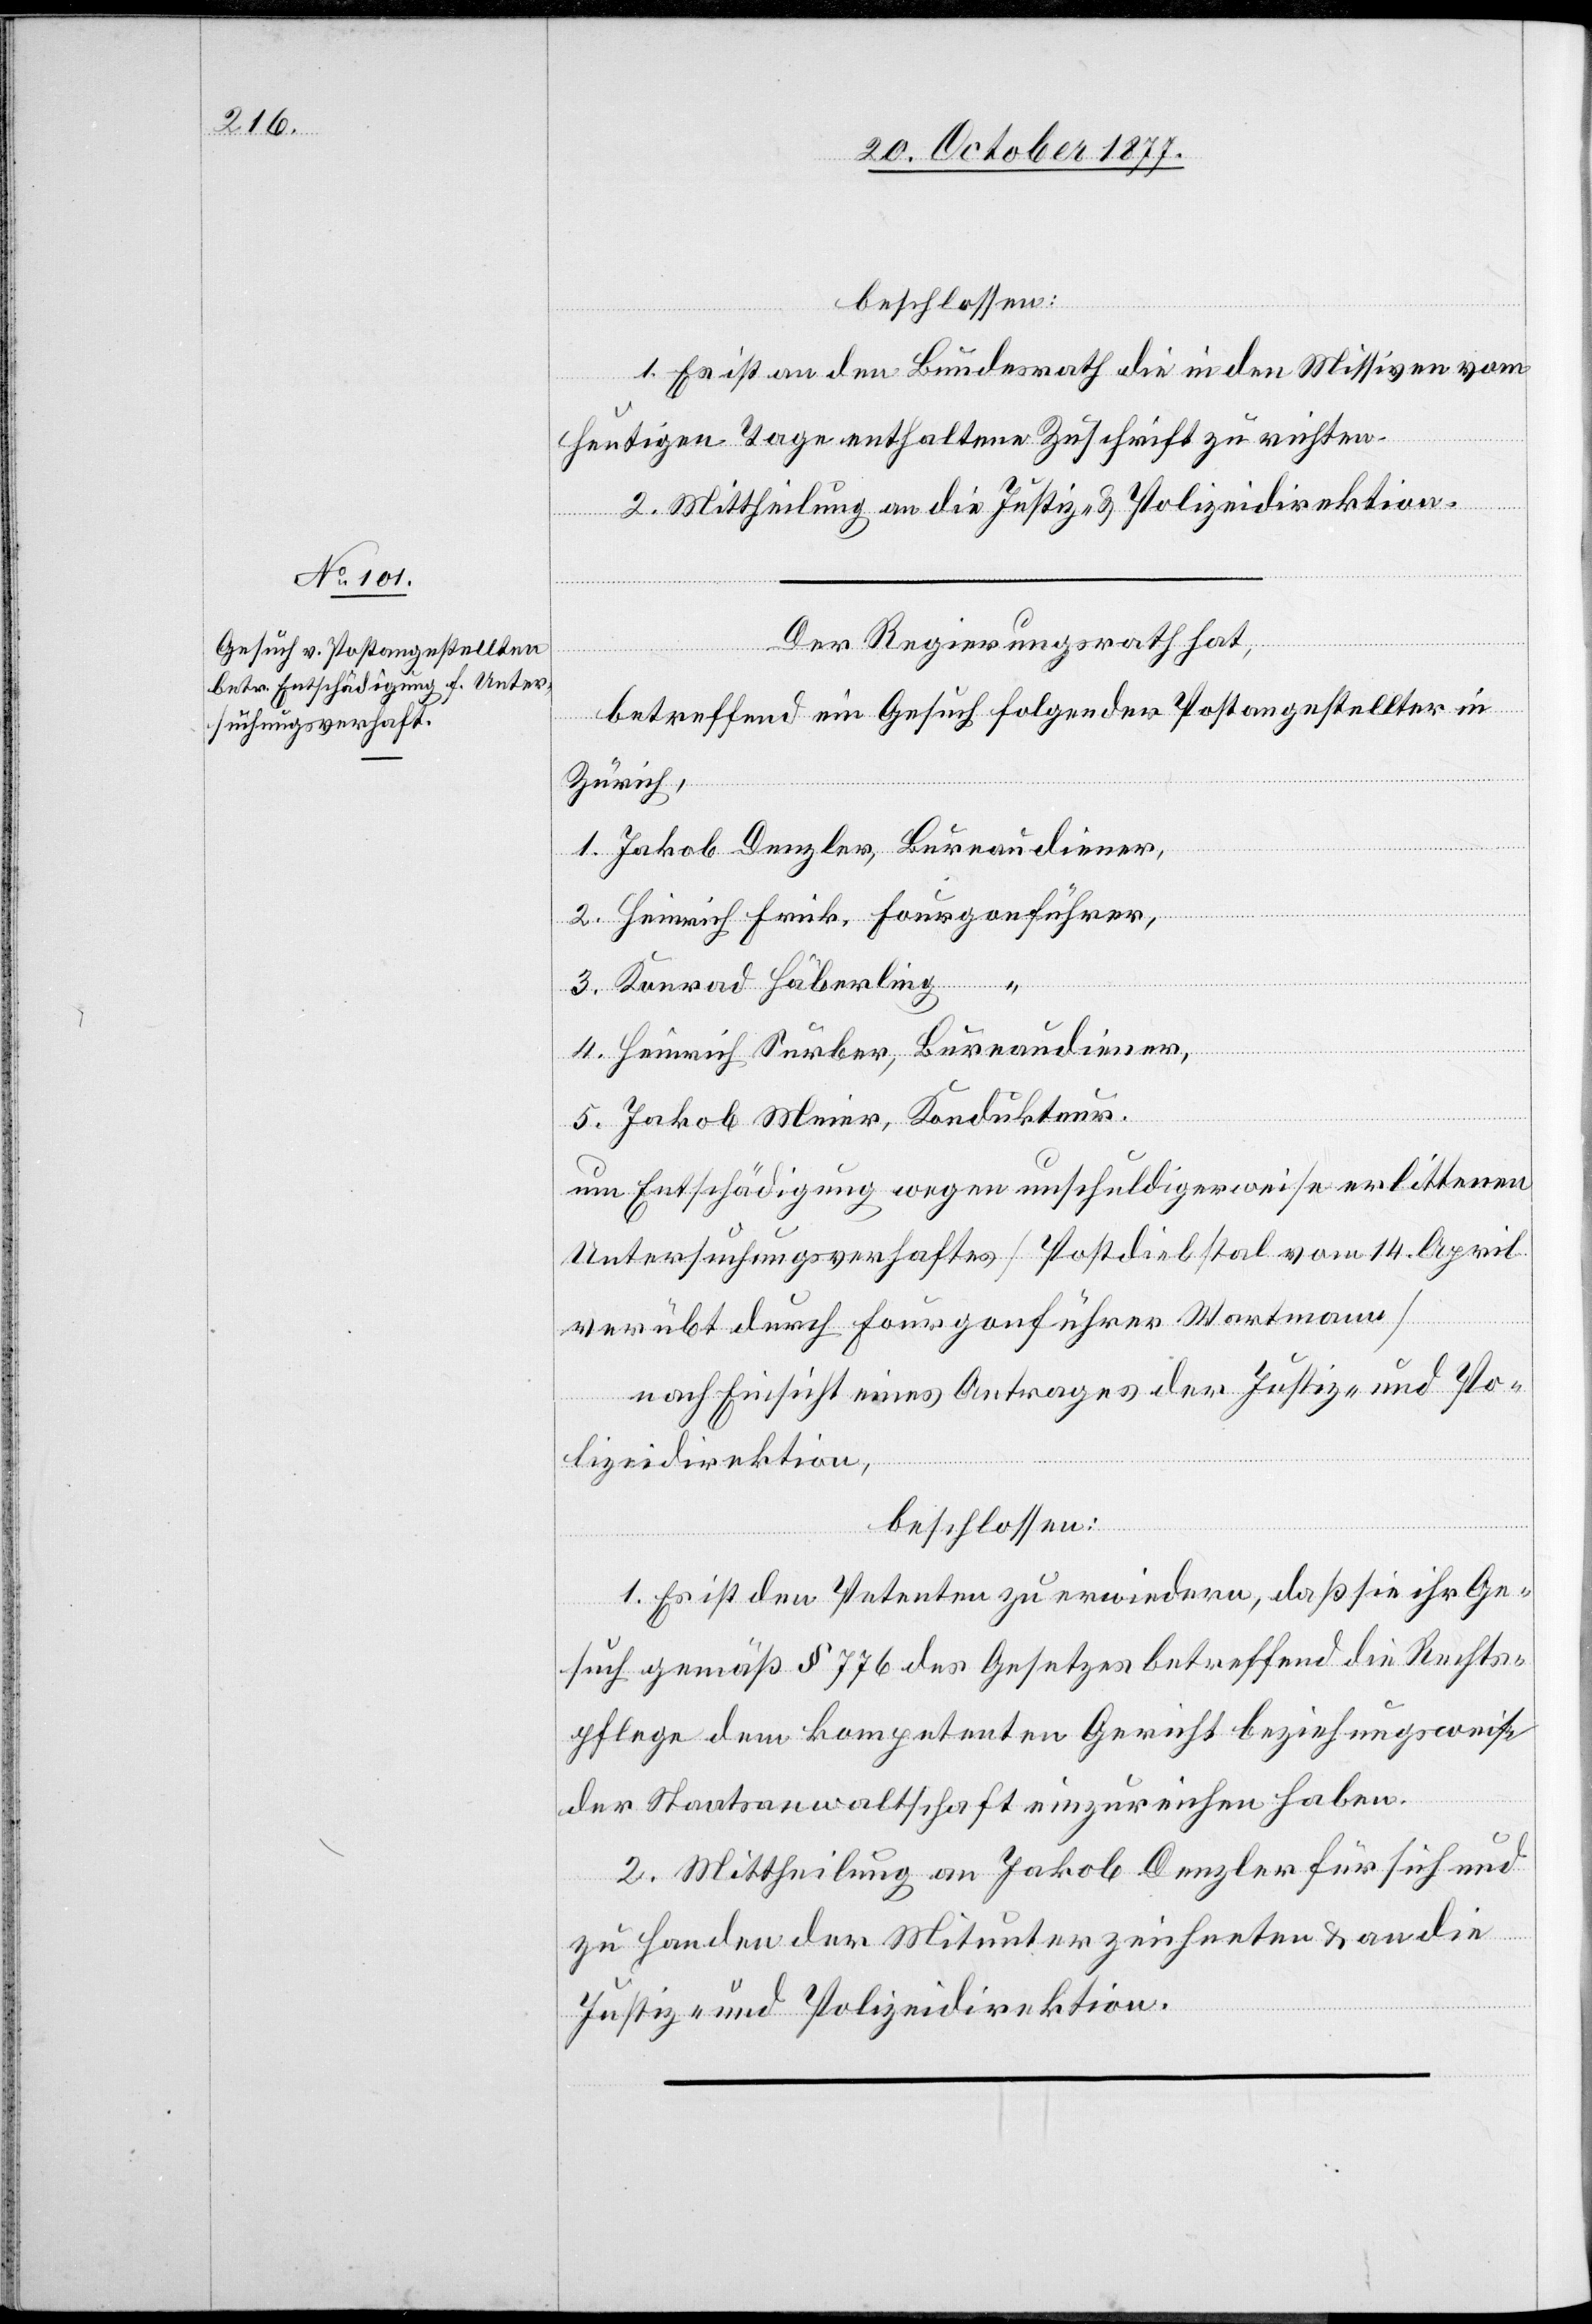
22. October 1877.]
beschlossen:
1. Es ist an den Bundesrath die in den Missiven vom
heutigen Tage enthaltene Zuschrift zu richten.
2. Mittheilung an die Justiz- & Polizeidirektion.
Der Regierungsrath hat,
betreffend ein Gesuch folgender Postangestellter in
Zürich,
1. Jakob Denzler, Bureaudiener,
2. Heinrich Frick, Fourgonführer,
3. Konrad Häberling “
4. Heinrich Surber, Bureaudiener,
5. Jakob Meier, Kondukteur.
um Entschädigung wegen unschuldigerweise erlittenen
Untersuchungsverhaftes [Postdiebstal vom 14. April
verübt durch Fourgonführer Wartmann]
nach Einsicht eines Antrages der Justiz- und Po¬
lizeidirektion,
beschlossen:
1. Es ist den Petenten zu erwiedern, daß sie ihr Ge¬
such gemäß § 776 des Gesetzes betreffend die Rechts¬
pflege dem kompetenten Gericht beziehungsweise
der Staatsanwaltschaft einzureichen haben.
2. Mittheilung an Jakob Denzler für sich und
zu Handen der Mitunterzeichneten & an die
Justiz- und Polizeidirektion.